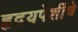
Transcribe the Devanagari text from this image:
हृदयपेशींचे